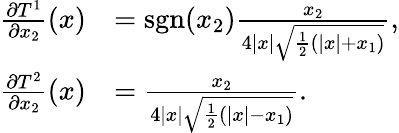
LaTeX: \begin{array}{rl}{\frac{\partial T^{1}}{\partial x_{2}}(x)}&{=\textrm{sgn}(x_{2})\frac{x_{2}}{4|x|\sqrt{\frac{1}{2}\left(|x|+x_{1}\right)}},}\\ {\frac{\partial T^{2}}{\partial x_{2}}(x)}&{=\frac{x_{2}}{4|x|\sqrt{\frac{1}{2}\left(|x|-x_{1}\right)}}.}\end{array}